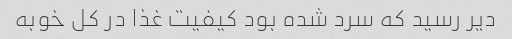
دیر رسید که سرد شده بود کیفیت غذا در کل خوبه